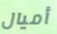
أميال